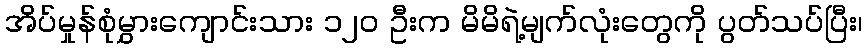
အိပ်မှုန်စုံမွှားကျောင်းသား ၁၂၀ ဦးက မိမိရဲ့မျက်လုံးတွေကို ပွတ်သပ်ပြီး၊